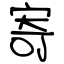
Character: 寄